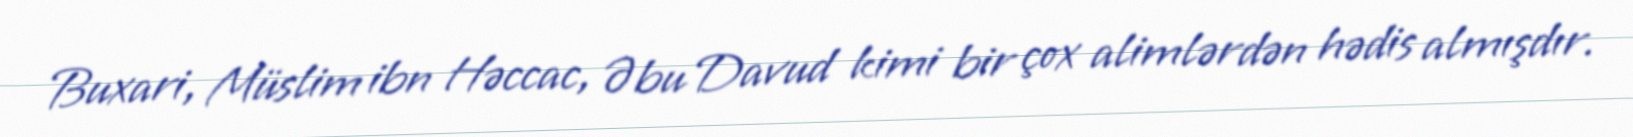
Buxari, Müslim ibn Həccac, Əbu Davud kimi bir çox alimlərdən hədis almışdır.